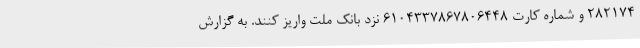
282174 و شماره کارت 6104337867806448 نزد بانک ملت واریز کنند. به گزارش